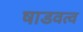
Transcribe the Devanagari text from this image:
षाडवत्व